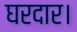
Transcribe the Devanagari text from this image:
घरदार।